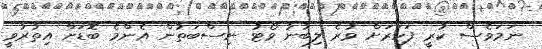
ނަމަވެސް ކުރީ ފަހަރަށް ވުރެ ލިބުނު ވޯޓު ނިސްބަތުން އެންމެ ބޮޑަށް އިތުރުވީ